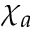
\chi _ { a }